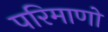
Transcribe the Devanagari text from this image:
परिमाणो